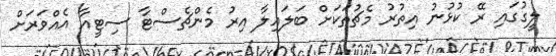
ލީގުގައި ރޭ ކުޅުނު އިތުރު މެޗުތަކަށް ބަލައިލާ އިރު މެންޗެސްޓާ ސިޓީއާ އެއްވަރަށް